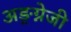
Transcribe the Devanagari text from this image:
अङ्ग्नेजी